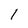
Character: 1